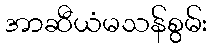
အာဆီယံမသန်စွမ်း